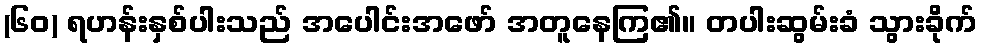
(၆၀) ရဟန်းနှစ်ပါးသည် အပေါင်းအဖော် အတူနေကြ၏။ တပါးဆွမ်းခံ သွားခိုက်